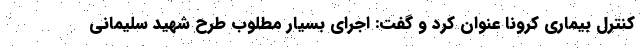
کنترل بیماری کرونا عنوان کرد و گفت: اجرای بسیار مطلوب طرح شهید سلیمانی